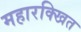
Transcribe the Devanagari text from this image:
महारक्खित